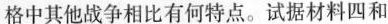
格中其他战争相比有何特点。试据材料四和